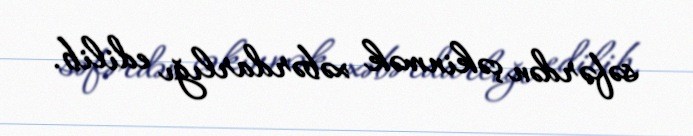
səfərdən çəkinmək xəbərdarlığı edilib.